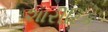
શારીરિક